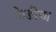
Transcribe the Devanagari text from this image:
फेडीज